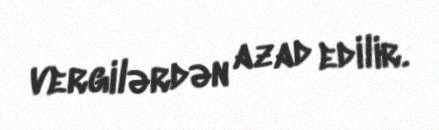
vergilərdən azad edilir.